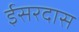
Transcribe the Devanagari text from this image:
ईसरदास